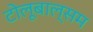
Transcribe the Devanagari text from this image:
टोलूबाल्सम